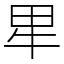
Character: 㽚